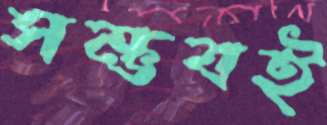
সম্ভবই